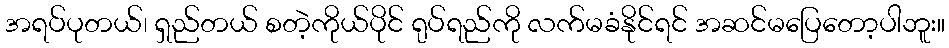
အရပ်ပုတယ်၊ ရှည်တယ် စတဲ့ကိုယ်ပိုင် ရုပ်ရည်ကို လက်မခံနိုင်ရင် အဆင်မပြေတော့ပါဘူး။